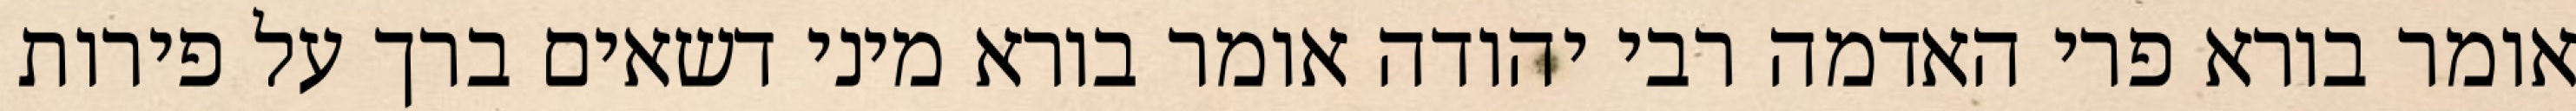
אומר בורא פרי האדמה רבי יהודה אומר בורא מיני דשאים ברך על פירות